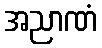
အညာဏံ